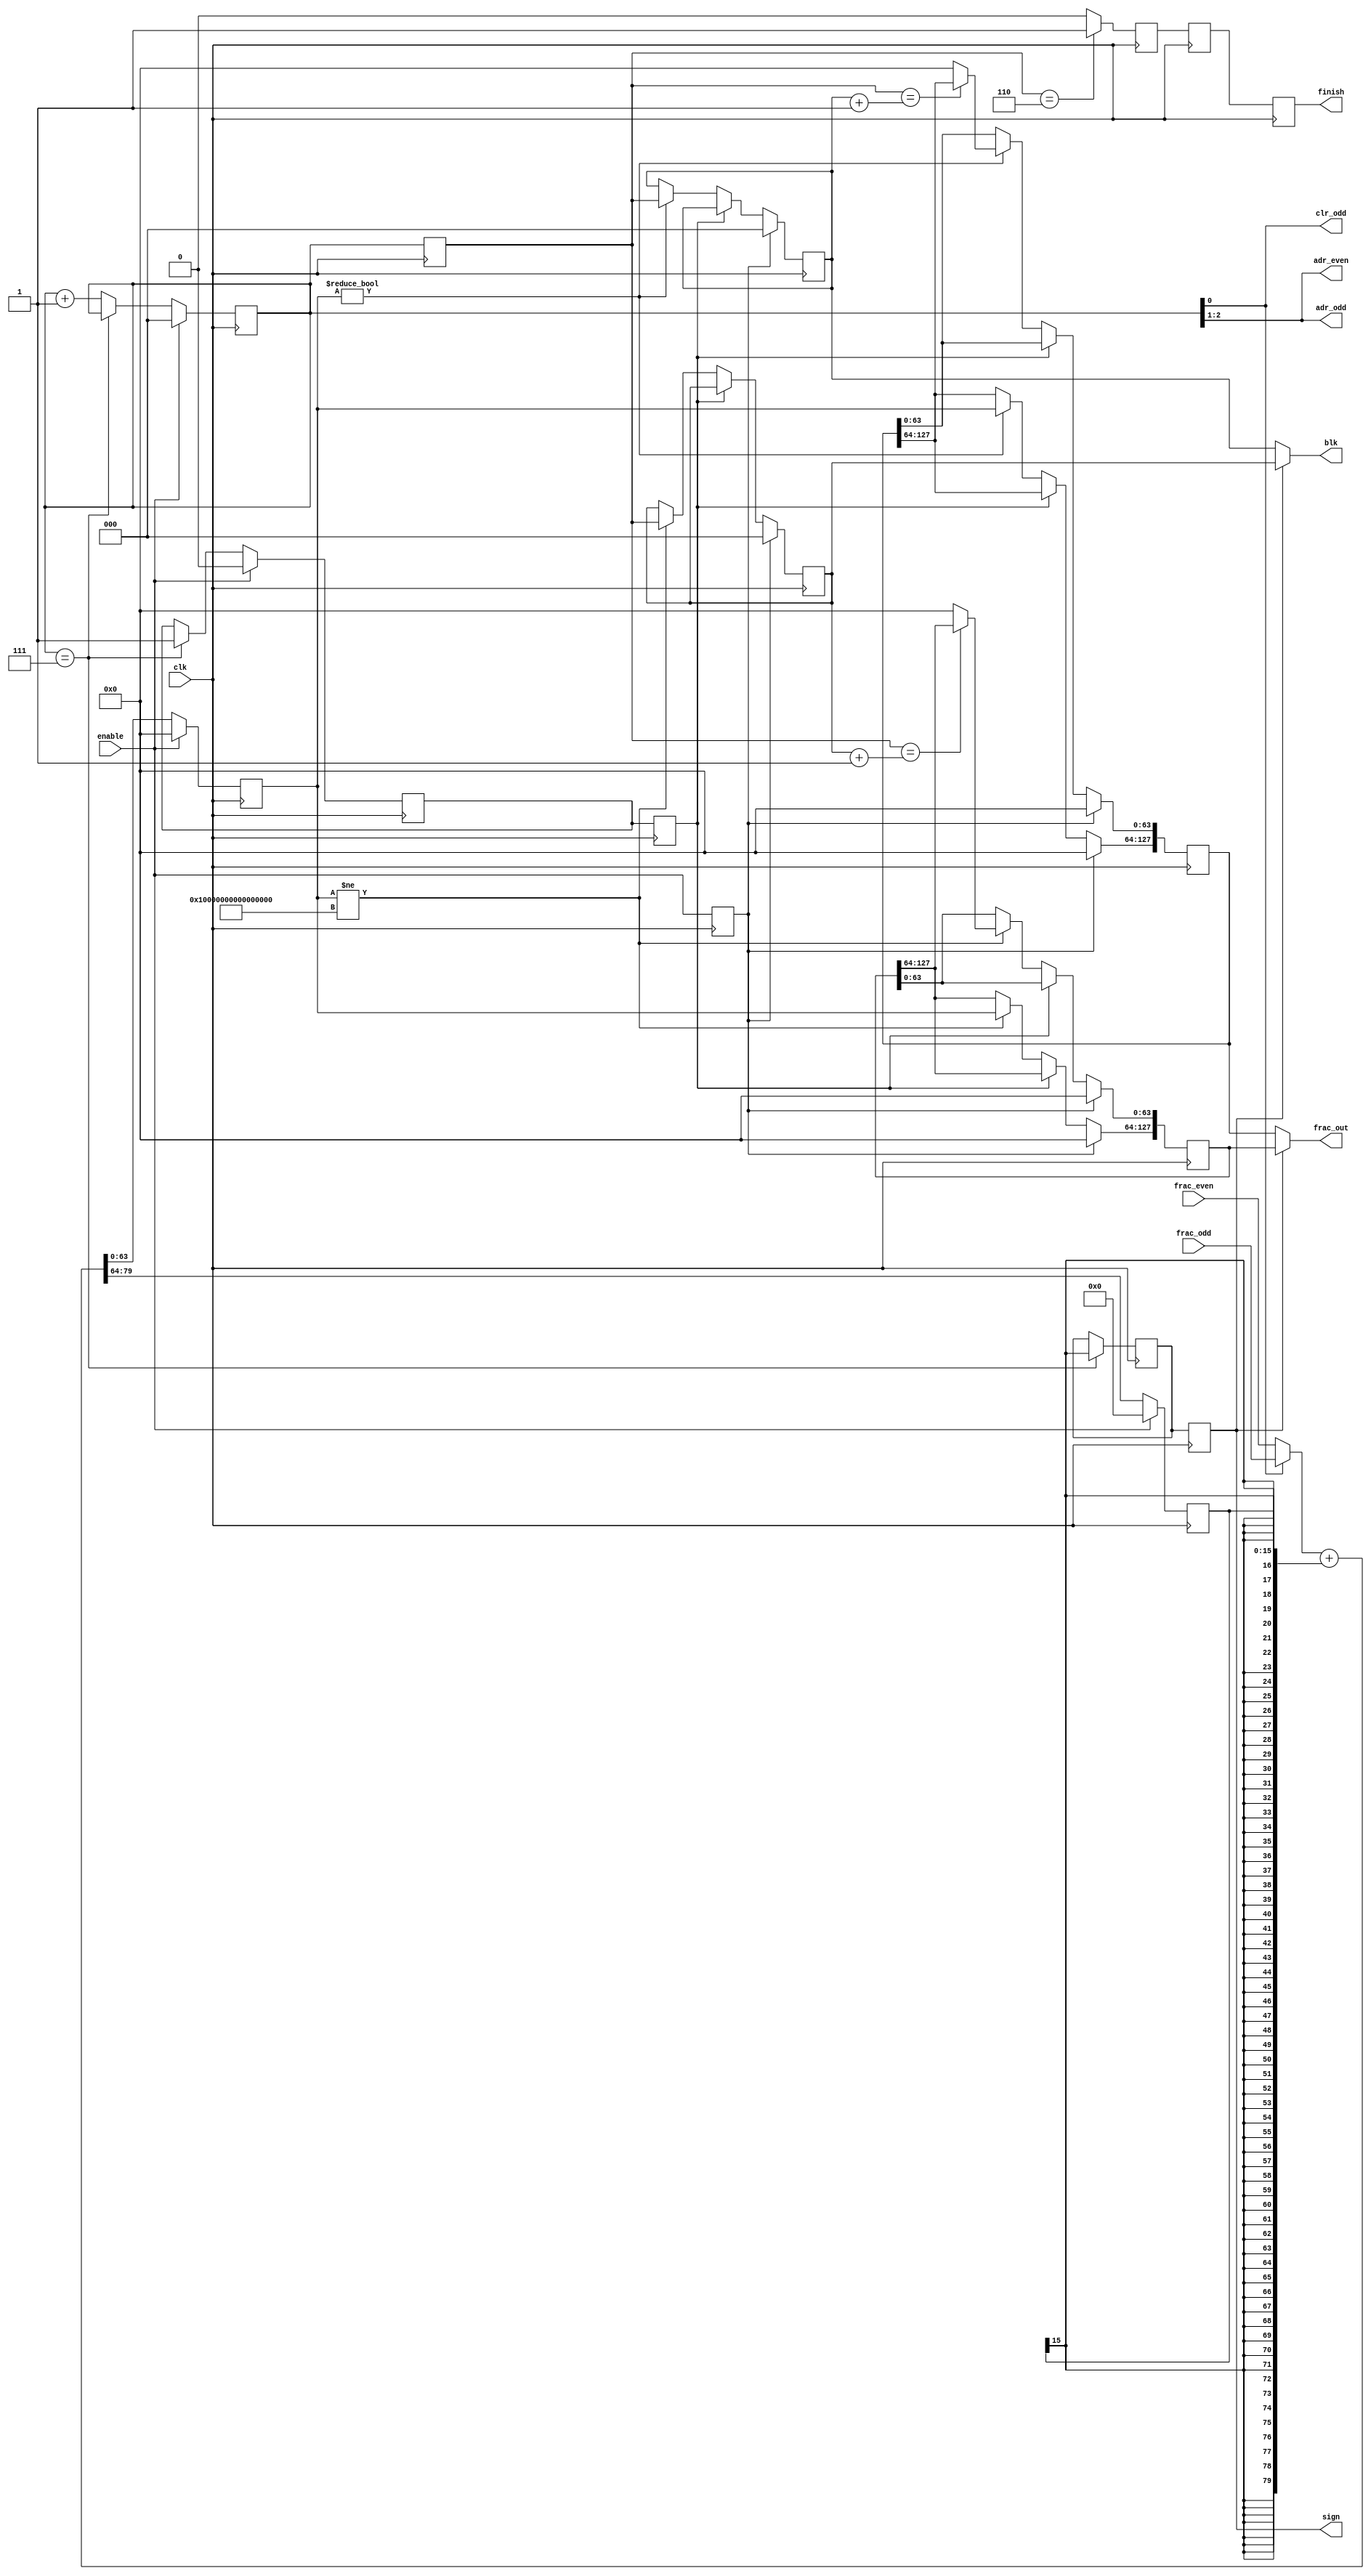
module CSA_carry(
	input enable,
	input clk,
	input[79:0] frac_even,
	input[79:0] frac_odd,

	
	output[1:0] adr_even,
	output[1:0] adr_odd,
	output[2:0] blk,
	output[127:0] frac_out,
	output clr_odd,
	output sign,
	output finish
					);

reg[15:0] carry;
reg sign_1;
reg[63:0] fraction;
reg[2:0] block,block_delay1;
reg stop_flag,stop_flag_delay1;
reg enable_delay1;

wire[79:0] frac;
wire[79:0] add_result;
assign frac=block[0]?frac_odd:frac_even;
assign add_result=frac+{{64{carry[15]}},carry};
always@(posedge clk)begin
	if(enable)begin
		block<=3'b000;
		carry<=16'b0;
		fraction<=64'b0;
		stop_flag<=1'b0;
	end
	else begin
		if(block==3'b111)begin
			stop_flag<=1'b1;
		end else begin
			block<=block+3'b1;
		end
		carry<=add_result[79:64];
		fraction<=add_result[63:0];
	end
	
	if(block==3'b111)begin
		sign_1<=carry[15];
	end
	
	block_delay1<=block;
	stop_flag_delay1<=stop_flag;
	enable_delay1<=enable;
	
end

reg[127:0] fraction_pos_2,fraction_neg_2;
reg[2:0] block_pos_2,block_neg_2;
reg sign_2;
reg finish_2,finish_2_delay,finish_2_delay2;
always@(posedge clk)begin
	if(enable_delay1)begin
		fraction_pos_2<=128'b0;
		fraction_neg_2<=128'b0;
		block_neg_2<=3'b0;
		block_pos_2<=3'b0;
	end else begin
		if(~stop_flag_delay1) begin
			if(fraction!=64'b0)begin
				fraction_pos_2[127:64]<=fraction;
				fraction_pos_2[63:0]<=(block_delay1==(block_pos_2+3'b1))?fraction_pos_2[127:64]:64'b0;
				block_pos_2<=block_delay1;
			end
		
			if(fraction!=64'hffff_ffff_ffff_ffff)begin
				fraction_neg_2[127:64]<=fraction;
				fraction_neg_2[63:0]<=(block_delay1==(block_neg_2+3'b1))?fraction_neg_2[127:64]:64'b0;
				block_neg_2<=block_delay1;
			end
		end
	end

	if(block_delay1==3'b110)begin
		finish_2<=1'b1;
	end
	else begin
		finish_2<=1'b0;
	end
	sign_2<=sign_1;
	finish_2_delay<=finish_2;
	finish_2_delay2<=finish_2_delay;
end

assign adr_even=block[2:1];
assign adr_odd=block[2:1];
assign frac_out=sign_2?fraction_neg_2:fraction_pos_2;
assign blk=sign_2?block_neg_2:block_pos_2;
assign clr_odd=block[0];
assign sign=sign_2;
assign finish=finish_2_delay2;//&~finish_2_delay2;

endmodule